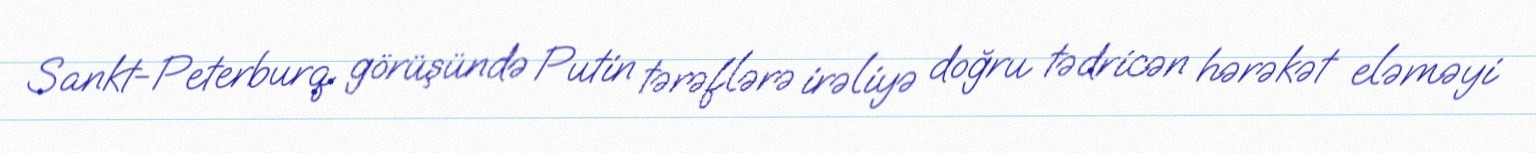
Sankt-Peterburq görüşündə Putin tərəflərə irəliyə doğru tədricən hərəkət eləməyi